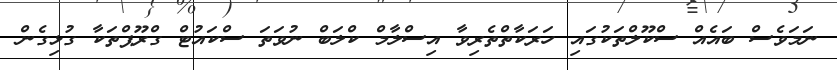
ނަމަވެސް ބައެއް ސްކޫލްތަކުގައި ހަރަކާތްތެރިވާ އިސްލާމް ކްލަބް ނުވަތަ ސްކައުޓް ގްރޫޕްތަކާ ގުޅިގެން